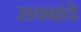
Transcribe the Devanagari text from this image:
रायबांचे